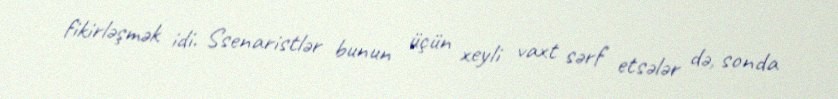
fikirləşmək idi. Ssenaristlər bunun üçün xeyli vaxt sərf etsələr də, sonda